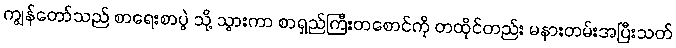
ကျွန်တော်သည် စာရေးစာပွဲ သို့ သွားကာ စာရှည်ကြိီးတစောင်ကို တထိုင်တည်း မနားတမ်းအပြီးသတ်